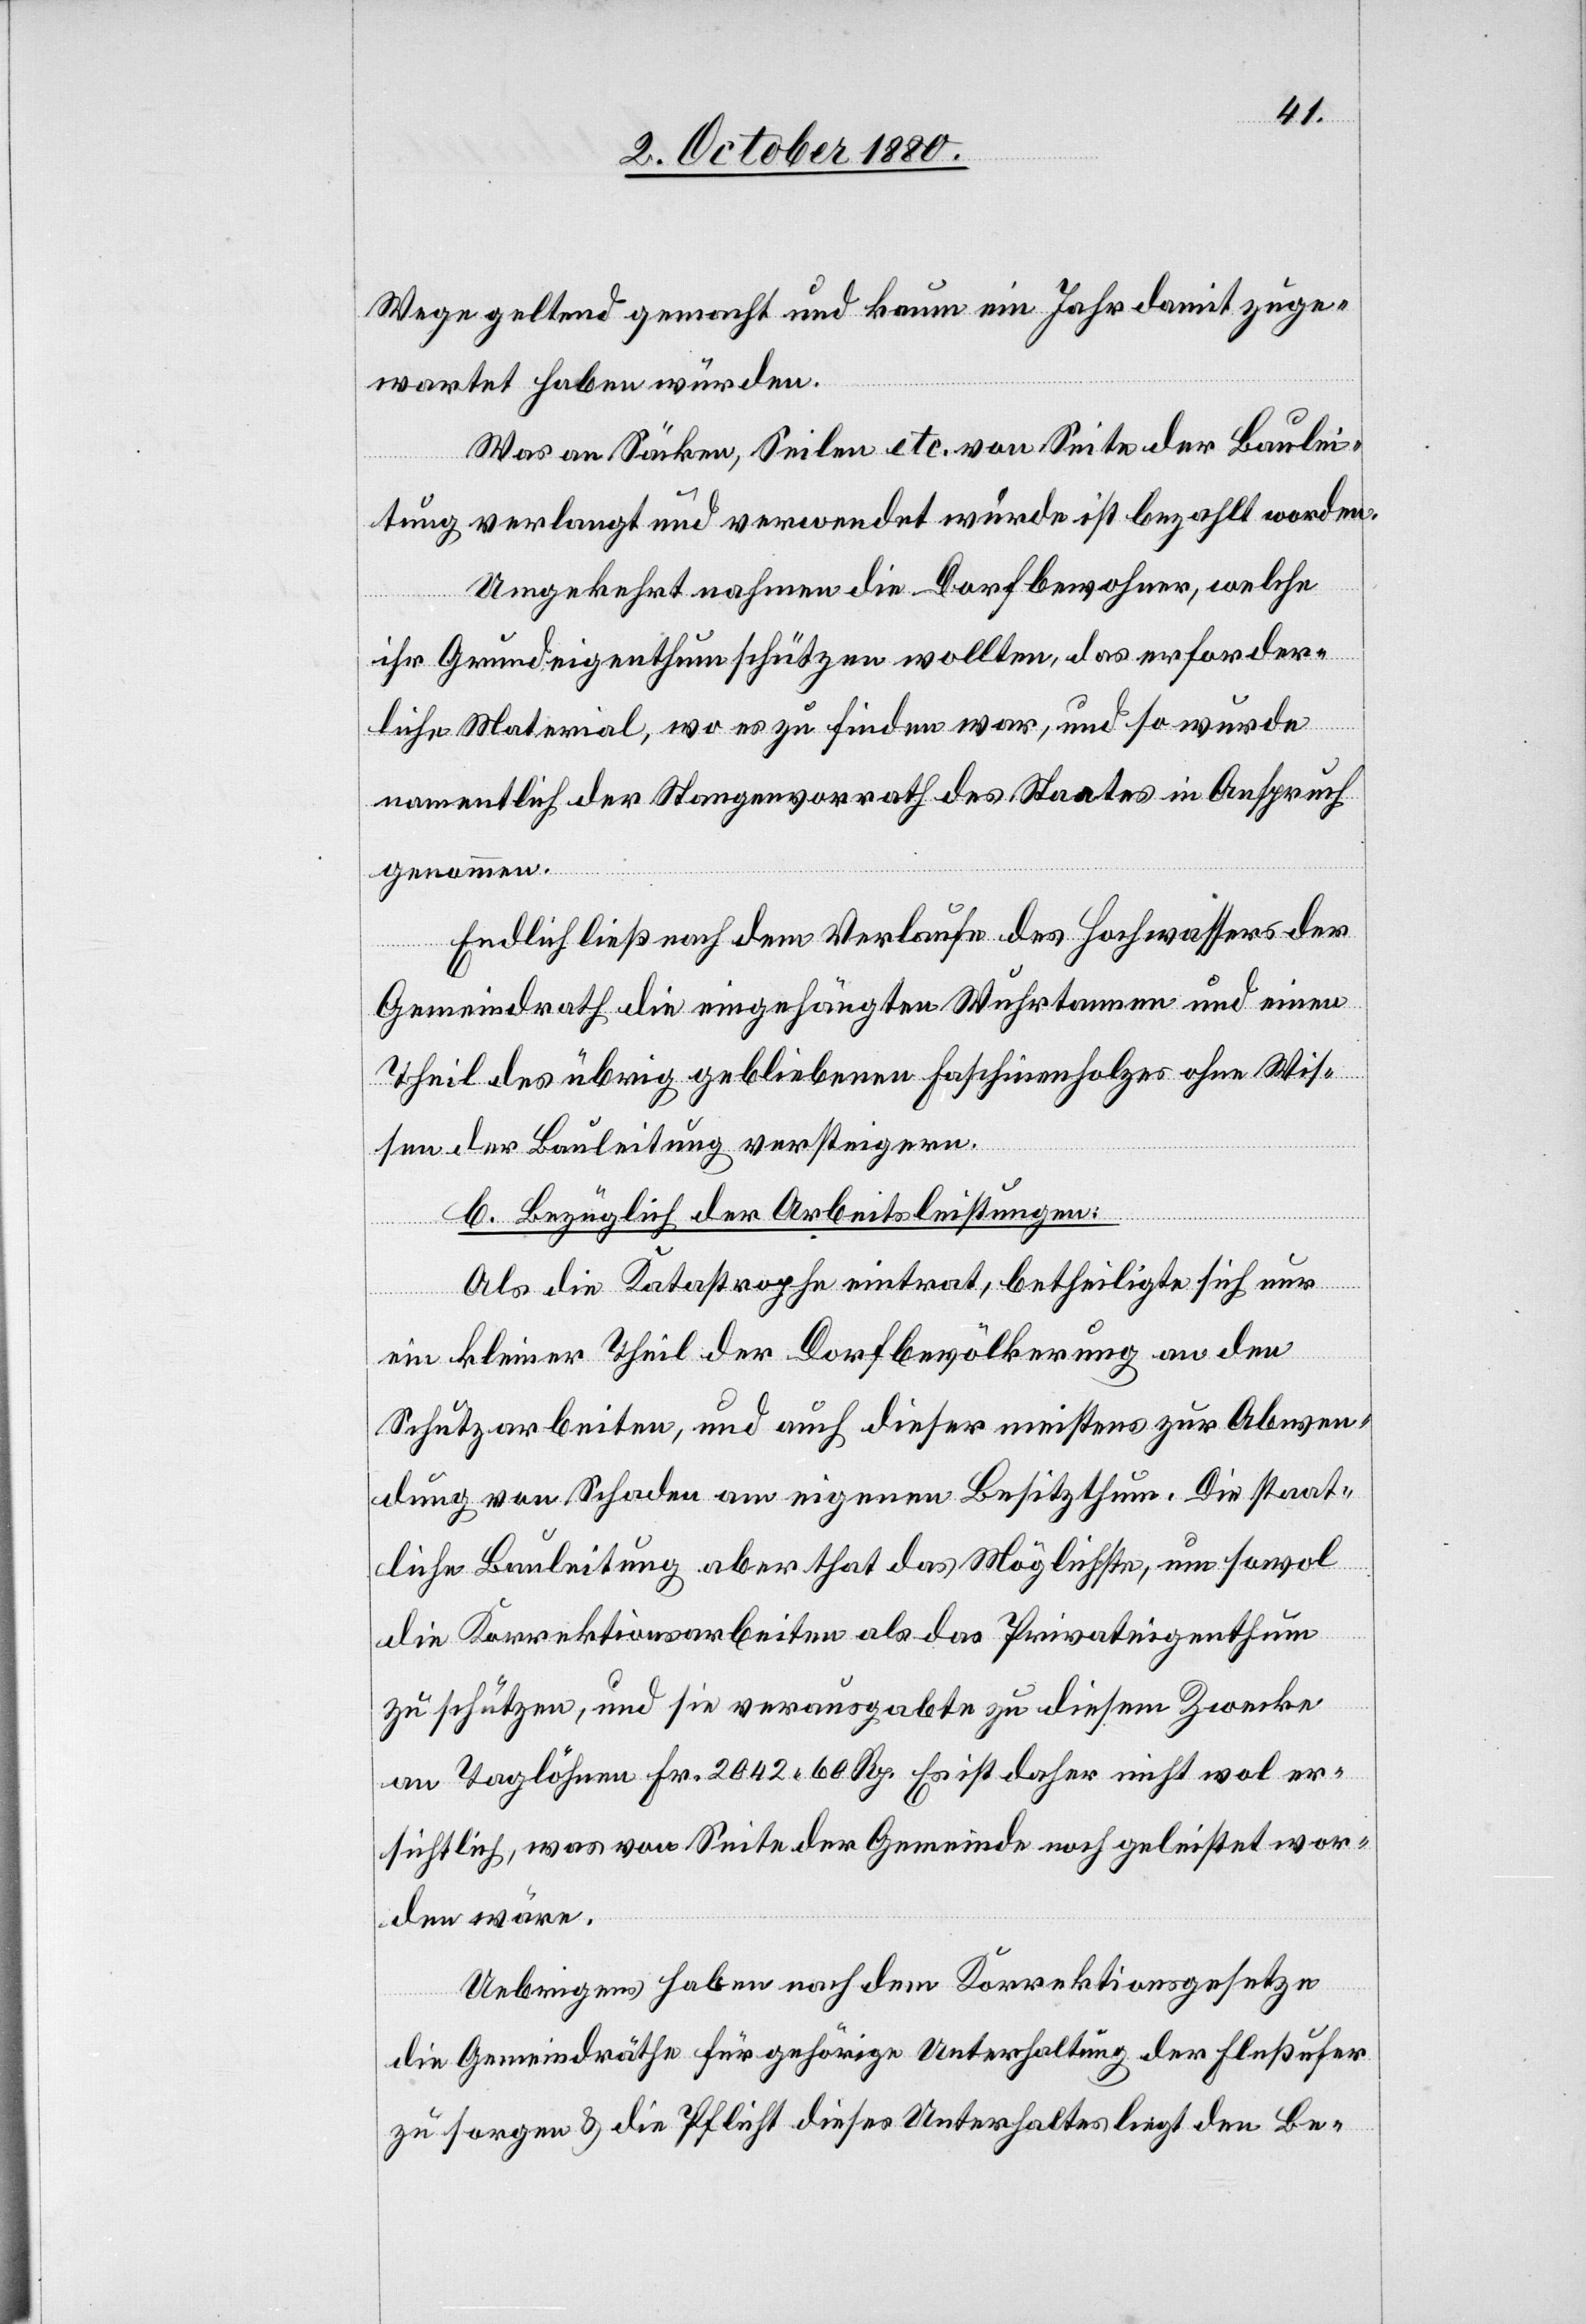
Wege geltend gemacht und kaum ein Jahr damit zuge¬
wartet haben würden.
Was an Säcken, Seilen etc. von Seite der Baulei¬
tung verlangt und verwendet wurde ist bezahlt worden.
Umgekehrt nahmen die Dorfbewohner, welche
ihr Grundeigenthum schützen wollten, das erforder¬
liche Material, wo es zu finden war, und so wurde
namentlich der Stangenvorrath des Staates in Anspruch
genommen.
Endlich ließ nach dem Verlaufe des Hochwassers der
Gemeindrath die eingehängten Wuhrtannen und einen
Theil des übrig gebliebenen Faschinenholzes ohne Wis¬
sen der Bauleitung versteigern.
b. Bezüglich der Arbeitsleistungen:
Als die Katastrophe eintrat, betheiligte sich nur
ein kleiner Theil der Dorfbevölkerung an den
Schutzarbeiten, und auch dieser meistens zur Abwen¬
dung von Schaden am eigenen Besitztum. Die staat¬
liche Bauleitung aber that das Möglichste, um sowol
die Korrektionsarbeiten als das Privateigenthum
zu schützen, und sie verausgabte zu diesem Zwecke
an Taglöhnen Fr. 2042 60 Rp. Es ist daher nicht wol er¬
sichtlich, was von Seite der Gemeinde noch geleistet wor¬
den wäre.
Uebrigens haben nach dem Korrektionsgesetze
die Gemeindräthe für gehörige Unterhaltung der Flußufer
zu sorgen & die Pflicht dieses Unterhaltes liegt den Be-